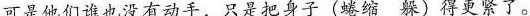
可是他们谁也没有动手，只是把身子(蜷缩 躲)得更紧了。